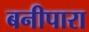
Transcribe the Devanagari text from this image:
बनीपारा